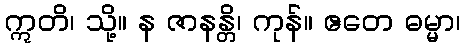
ဣတိ၊ သို့။ န ဇာနန္တိ၊ ကုန်။ ဧတေ ဓမ္မာ၊